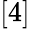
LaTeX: [4]